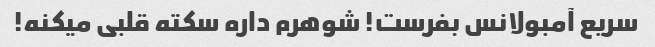
سریع آمبولانس بفرست! شوهرم داره سکته قلبی میکنه!